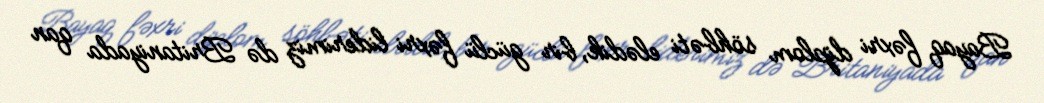
Bayaq fəxri diplom söhbəti elədik, bir güclü fəxri liderimiz də Britaniyada qan